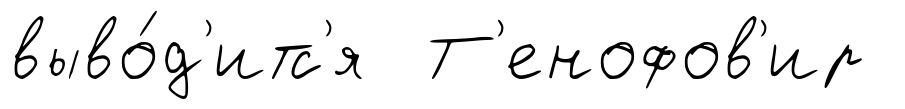
выво́д'итс'я Т'енофов'ир